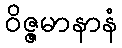
ဝိဇ္ဇမာနာနံ